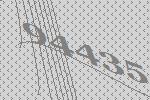
94435